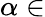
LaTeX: \alpha\in